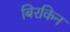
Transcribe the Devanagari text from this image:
बिरकिन